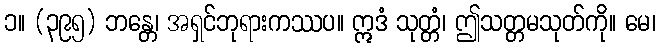
၁။ (၃၉၅) ဘန္တေ၊ အရှင်ဘုရားကဿပ။ ဣဒံ သုတ္တံ၊ ဤသတ္တမသုတ်ကို။ မေ၊